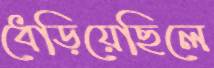
ধেড়িয়েছিলে